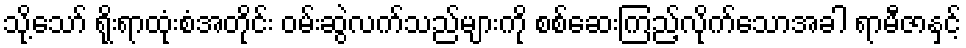
သို့သော် ရိုးရာထုံးစံအတိုင်း ဝမ်းဆွဲလက်သည်များကို စစ်ဆေးကြည့်လိုက်သောအခါ ရာမီဇာနှင့်